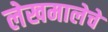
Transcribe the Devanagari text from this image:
लेखमालेचे